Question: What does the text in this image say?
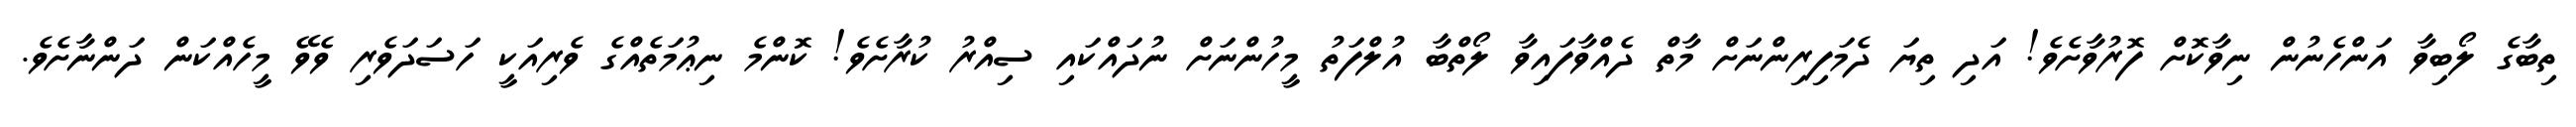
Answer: ތިބާގެ ލޯބިވާ އަންހެނުން ނިވާކޮށް ފޮރުވާށެވެ! އަދި ތިޔަ ދެމަފިރިންނަށް މާތް ދެއްވާފައިވާ ލޯތްބާ އުލްފަތު މީހުންނަށް ނުދައްކައި ސިއްރު ކުރާށެވެ! ކޮންމެ ނިޢުމަތެއްގެ ވެރިއަކީ ހަސަދަވެރި ވެވޭ މީހެއްކަން ދަންނާށެވެ.